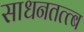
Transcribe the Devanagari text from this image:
साधनतत्त्ब